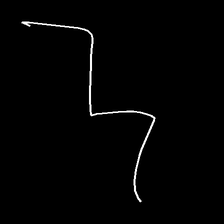
Glyph: crush